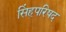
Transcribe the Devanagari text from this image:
सिंहपरिषद